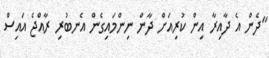
"ދެން އެ ދާއިރާ އިން ކުރިއަށް ދާން ނިންމައިގެން އެނބުރި ރާއްޖެ އައިސް